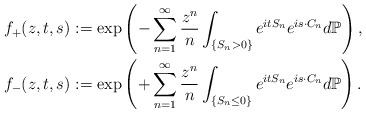
\begin{align*}f_{+}(z,t,s)&:=\exp \left(-\sum_{n=1}^{\infty} \frac{z^{n}}{n} \int_{\{S_n >0\}} e^{itS_n}e^{i {s} \cdot {C}_n }d \mathbb{P} \right),\\f_{-}(z,t, s)&:=\exp \left(+\sum_{n=1}^{\infty} \frac{z^{n}}{n} \int_{\{S_n \le 0 \}} e^{itS_n}e^{i {s} \cdot {C}_n }d \mathbb{P}\right).\end{align*}